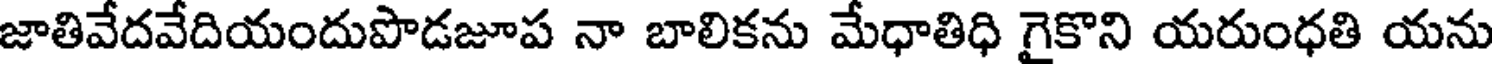
జాతివేదవేదియందుపొడజూప నా బాలికను మేధాతిధి గైకొని యరుంధతి యను